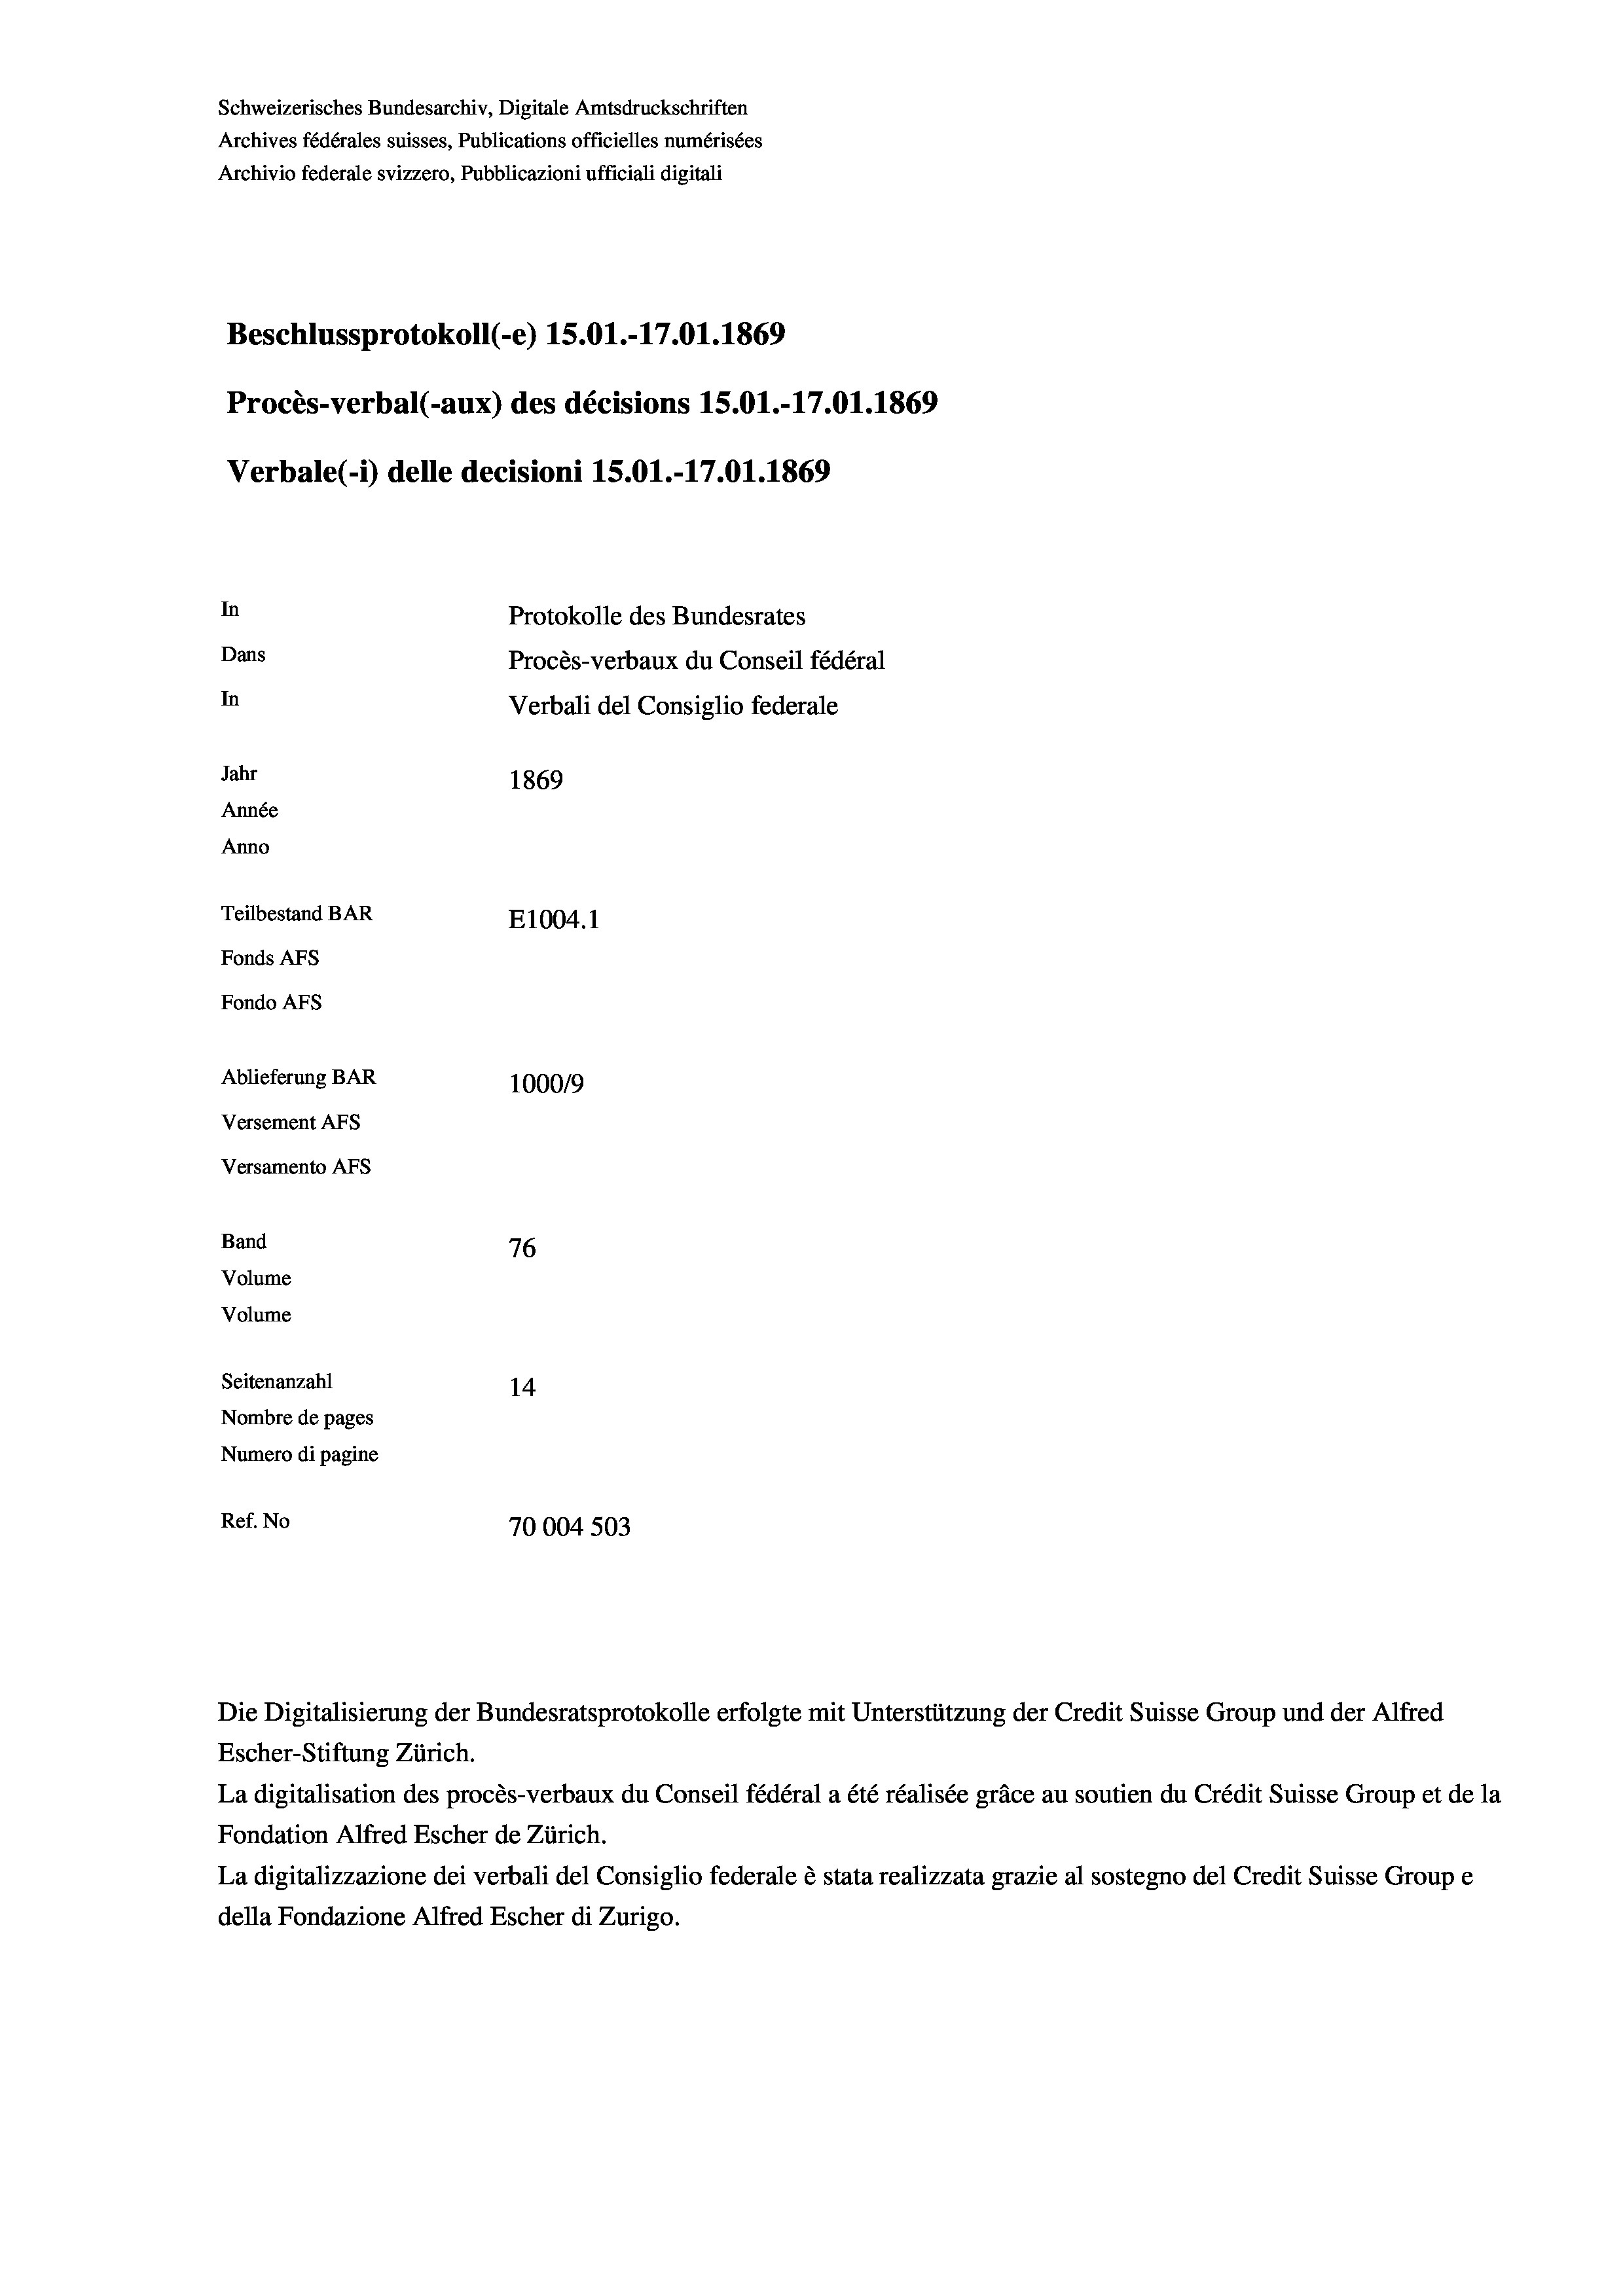
Schweizerisches Bundesarchiv, Digitale Amtsdruckschriften
Archives fédérales suisses, Publications officielles numérisées
Archivio federale svizzero, Pubblicazioni ufficiali digitali
Beschlussprotokoll (-e) 15.01.-17.01. 1869
Procès-verbal (-aux) des décisions 15.01.-17.01. 1869
Verbale (- 1) delle decisioni 15.01.-17.01. 1869
In
Protokolle des Bundesrates
Dans
Procès-verbaux du Conseil fédéral
In
Verbali del Consiglio federale
Jahr
1869
Année
Anno
Teilbestand BAR
E1004. 1
Fonds AFs
Fondo Afs
Ablieferung BAR
100019
Versement Ans
Versamento Afs
Band
76
Volume
Volume
Seitenanzahl
14
Nombre de pages
Numero di pagine
Ref. No
70004 503

Escher-Stiftung Zürich.
La digitalisation des procès-verbaux du Conseil fédéral a été réalisée gräce au soutien du Crédit Suisse Group et de la
Fondation Alfred Escher de Zürich.
La digitalizzazione dei verbali del Consiglio federale è stata realizzata grazie al sostegno del Credit Suisse Groupe
della Fondazione Alfred Escher di Zurigo.

Die Digitalisierung der Bundesratsprotokolle erfolgte mit Unterstützung der Credit Suisse Group und der Alfred